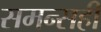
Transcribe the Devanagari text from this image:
समन्सही